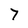
Character: 7